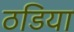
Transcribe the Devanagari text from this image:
ठडिया